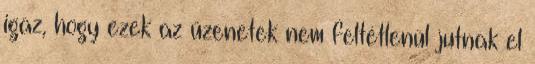
igaz, hogy ezek az üzenetek nem feltétlenül jutnak el